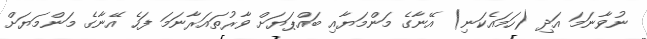
ނުވާނަމަ އަދި (ހަމައެކަނި) އޭނާގެ މަންމަޔާއި ބައްޕަޔަށް ވާރުތައަރާނަމަ ފަހެ އޭނާގެ މަންމަޔަށް